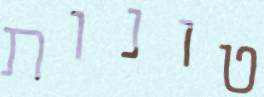
טונות